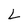
Character: L